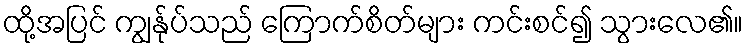
ထို့အပြင် ကျွန်ုပ်သည် ကြောက်စိတ်များ ကင်းစင်၍ သွားလေ၏။